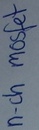
Text: n-chmosfet